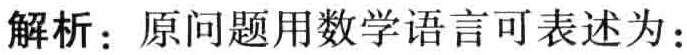
解析：原问题用数学语言可表述为：